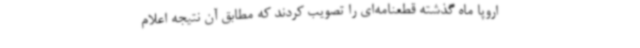
اروپا ماه گذشته قطعنامه‌ای را تصویب کردند که مطابق آن نتیجه اعلام